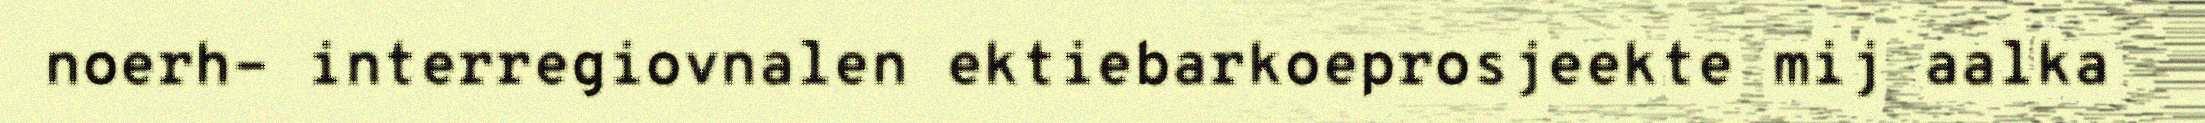
noerh- interregiovnalen ektiebarkoeprosjeekte mij aalka